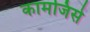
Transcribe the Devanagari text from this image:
कामजिसे